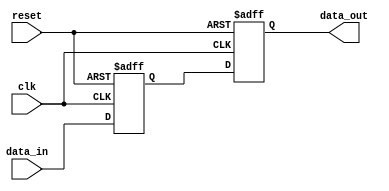
module high_speed_buffer(
    input wire clk,
    input wire reset,
    input wire data_in,
    output reg data_out
);

reg buffer;

// Buffering incoming data
always @(posedge clk or posedge reset) begin
    if (reset) begin
        buffer <= 1'b0;
    end else begin
        buffer <= data_in;
    end
end

// Transmitting buffered data at high-speed rate
always @(posedge clk or posedge reset) begin
    if (reset) begin
        data_out <= 1'b0;
    end else begin
        data_out <= buffer;
    end
end

endmodule